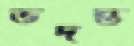
ভদন্ত